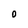
Character: O